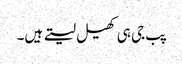
پب جی ہی کھیل لیتے ہیں۔